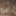
الى